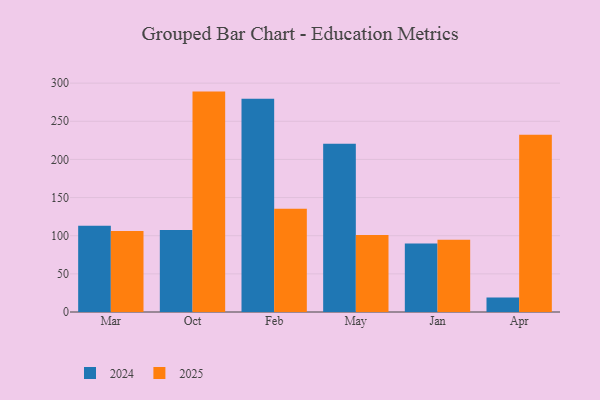
{"axis": {"x": "Month", "y": "Active Users"}, "legend": ["2024", "2025"], "data": [{"x": "Mar", "y": 113.0, "type": "2024"}, {"x": "Mar", "y": 106.3, "type": "2025"}, {"x": "Oct", "y": 107.5, "type": "2024"}, {"x": "Oct", "y": 288.9, "type": "2025"}, {"x": "Feb", "y": 279.6, "type": "2024"}, {"x": "Feb", "y": 135.4, "type": "2025"}, {"x": "May", "y": 220.6, "type": "2024"}, {"x": "May", "y": 100.8, "type": "2025"}, {"x": "Jan", "y": 89.7, "type": "2024"}, {"x": "Jan", "y": 94.7, "type": "2025"}, {"x": "Apr", "y": 18.9, "type": "2024"}, {"x": "Apr", "y": 232.2, "type": "2025"}]}